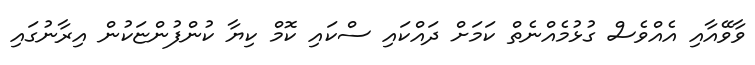
ވާވޭއާއި އެއްވެސް ގުޅުމެއްނެތް ކަމަށް ދައްކައި ސްކައި ކޮމް ކިޔާ ކުންފުންޏަކުން އިރާނުގައި